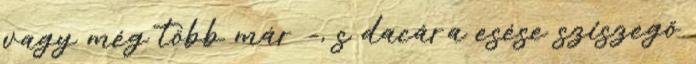
vagy még több már -, s dacára esése sziszegő